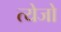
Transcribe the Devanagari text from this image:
त्येजो